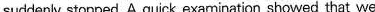
suddenly stopped. A quick examination showed that we